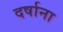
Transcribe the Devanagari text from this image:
दर्षाना